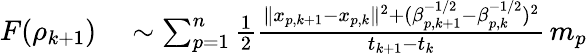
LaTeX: \begin{array}{rl}{F(\rho_{k+1})}&{{}\sim\sum_{p=1}^{n}\frac{1}{2}\frac{\| x_{p,k+1}-x_{p,k}\| ^{2}+(\beta_{p,k+1}^{-1/2}-\beta_{p,k}^{-1/2})^{2}}{t_{k+1}-t_{k}}\, m_{p}}\end{array}